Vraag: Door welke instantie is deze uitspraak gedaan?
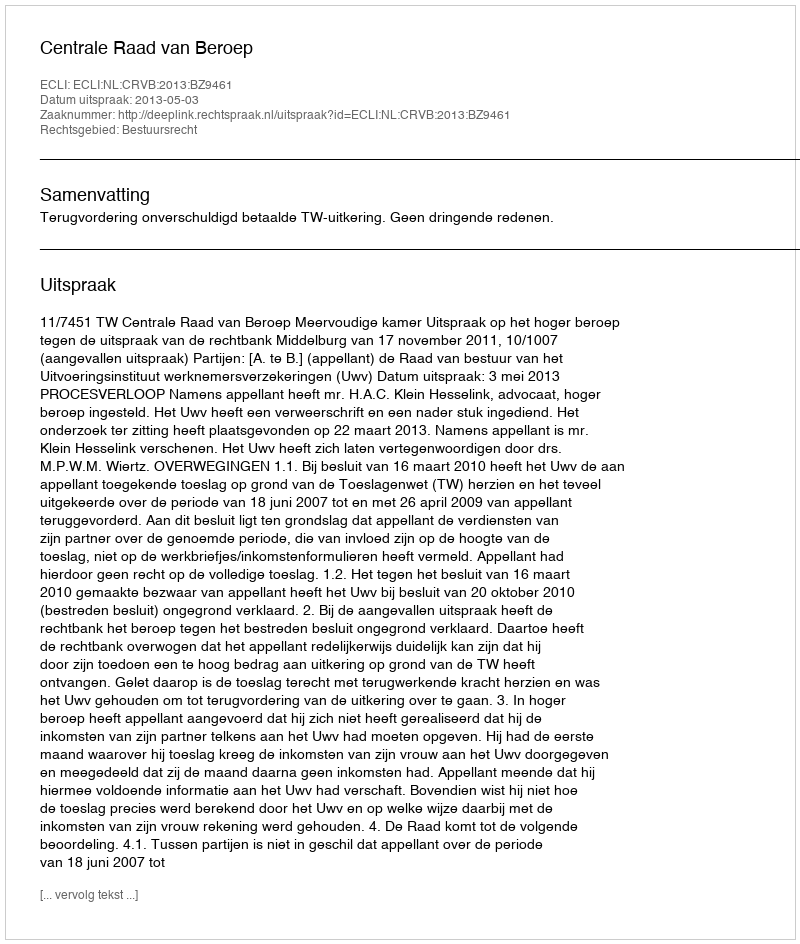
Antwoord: Centrale Raad van Beroep